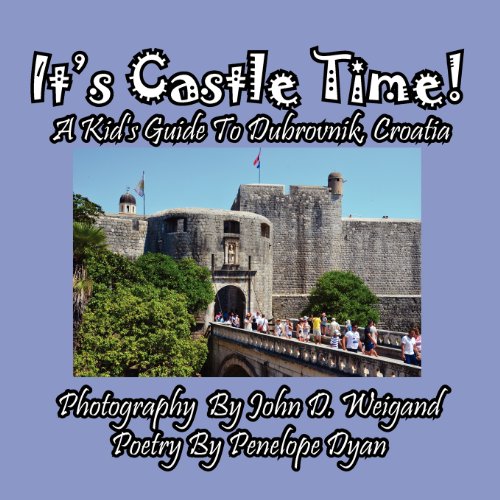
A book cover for It's Castle Time! A Kid's Guide To Dubrovnik, Croatia; Penelope Dyan; Children's Books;